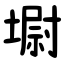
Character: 墛